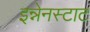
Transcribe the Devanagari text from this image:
इन्नेनस्टाट